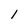
Character: 1